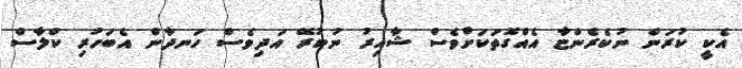
އެކީ ކުރަން ނުކެރެންޏާ އެއްގޮތަކަށްވެސް ޝާއިރު ނުކުރޭ އަދިވެސް ހަނދާން އެބަހުރި ކްލާސް